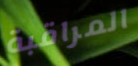
المراقبة